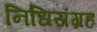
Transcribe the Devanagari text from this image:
निधिसंग्रह